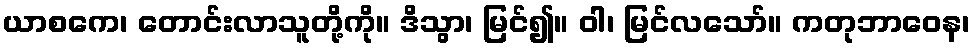
ယာစကေ၊ တောင်းလာသူတို့ကို။ ဒိသွာ၊ မြင်၍။ ဝါ၊ မြင်လသော်။ ကတုဘာဝေန၊